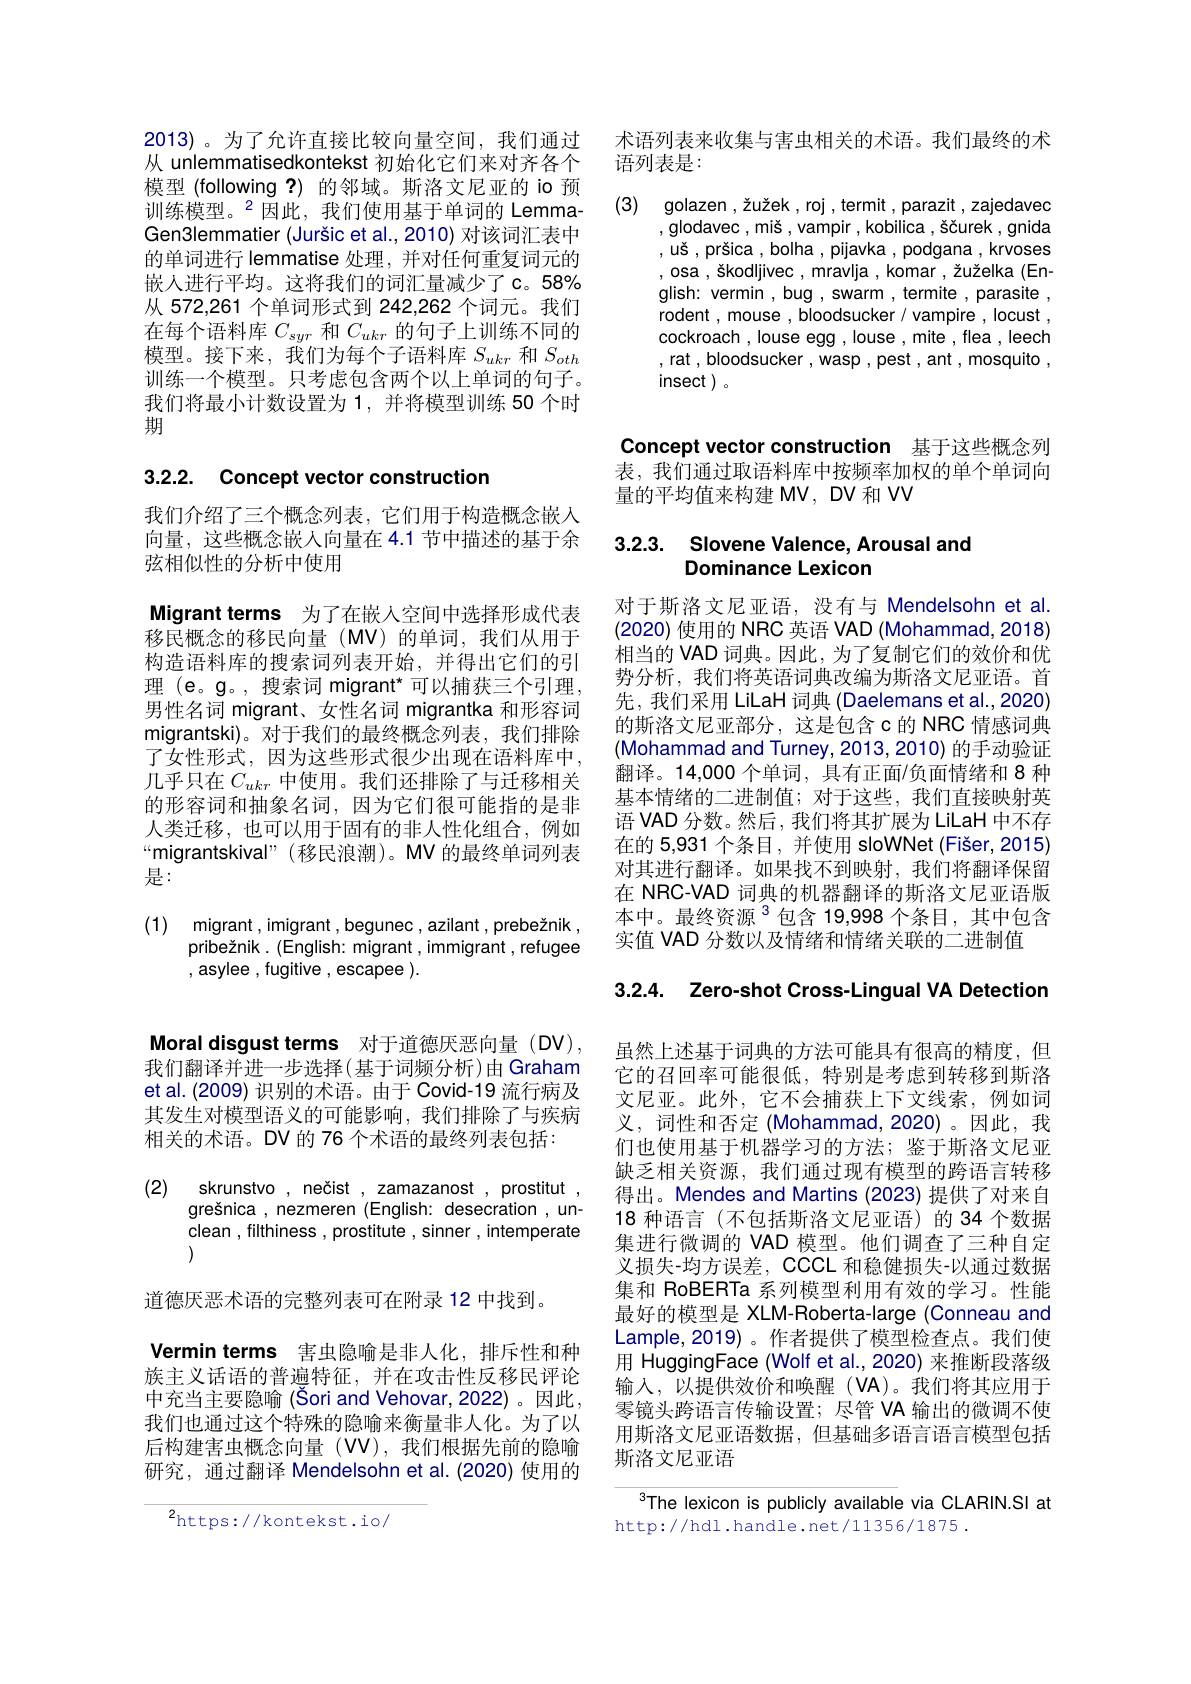
术语列表来收集与害虫相关的术语。我们最终的术
语列表是：

(3) golazen ,žužek , roj , termit , parazit , zajedavec
,glodavec,miš,vampir,kobilica,ščurek,gnida ,uš,pršica,bolha,pijavka,podgana,krvoses , osa , škodljivec , mravlja , komar , žuželka (English: vermin , bug , swarm , termite , parasite , rodent , mouse , bloodsucker / vampire , locust , cockroach , louse egg , louse , mite , flea , leech ,rat,bloodsucker,wasp,pest,ant,mosquito, insect .

2013)。为了允许直接比较向量空间，我们通过从 unlemmatisedkontekst 初始化它们来对齐各个模型 (following ?) 的邻域。斯洛文尼亚的 io 预训练模型。$^{2}$因此，我们使用基于单词的 LemmaGen3lemmatier (Juršic et al., 2010) 对该词汇表中的单词进行 lemmatise 处理，并对任何重复词元的嵌人进行平均。这将我们的词汇量减少了c。58% 从 572,261 个单词形式到 242,262 个词元。我们在每个语料库$C_{syr}$和$C_{ukr}$的句子上训练不同的模型。接下来，我们为每个子语料库$S_{ukr}$和$S_{oth}$ 训练一个模型。只考虑包含两个以上单词的句子。我们将最小计数设置为 1,并将模型训练 50 个时期

# 3.2.2. Concept vector construction

我们介绍了三个概念列表，它们用于构造概念嵌入向量，这些概念嵌人向量在 4.1 节中描述的基于余弦相似性的分析中使用

Migrant terms 为了在嵌人空间中选择形成代表移民概念的移民向量(MV)的单词，我们从用于构造语料库的搜索词列表开始，并得出它们的引理 (e。g。, 搜索词 migrant* 可以捕获三个引理， 男性名词 migrant、女性名词 migrantka 和形容词migrantski)。对于我们的最终概念列表，我们排除了女性形式，因为这些形式很少出现在语料库中， 几乎只在$C_ukr$中使用。我们还排除了与迁移相关的形容词和抽象名词，因为它们很可能指的是非人类迁移，也可以用于固有的非人性化组合，例如“migrantskival”(移民浪潮)。MV 的最终单词列表是：

(1) migrant, imigrant, begunec, azilant , prebežnik
pribežnik. (English: migrant, immigrant , refugee
,asylee,fugitive,escapee).

Moral disgust terms 对于道德厌恶向量 (DV), 我们翻译并进一步选择(基于词频分析)由 Graham et al. (2009) 识别的术语。由于 Covid-19 流行病及其发生对模型语义的可能影响，我们排除了与疾病相关的术语。DV 的 76 个术语的最终列表包括：

(2) skrunstvo, nečist , zamazanost , prostitut
grešnica , nezmeren (English: desecration , unclean , filthiness , prostitute , sinner , intemperate )

道德厌恶术语的完整列表可在附录 12 中找到。
Vermin terms 害虫隐喻是非人化，排斥性和种族主义话语的普遍特征，并在攻击性反移民评论中充当主要隐喻(Šori and Vehovar,2022)。因此， 我们也通过这个特殊的隐喻来衡量非人化。为了以后构建害虫概念向量(W),我们根据先前的隐喻研究，通过翻译 Mendelsohn et al.(2020)使用的

$^{2}$https://kontekst.io/

Concept vector construction 基于这些概念列表，我们通过取语料库中按频率加权的单个单词向量的平均值来构建 MV, DV 和 VV

## 3.2.3. Slovene Valence, Arousal and Dominance Lexicon

对于斯洛文尼亚语，没有与 Mendelsohn et al. (2020)使用的 NRC 英语 VAD (Mohammad, 2018) 相当的 VAD 词典。因此，为了复制它们的效价和优势分析，我们将英语词典改编为斯洛文尼亚语。首先，我们采用 LilaH 词典 (Daelemans et al., 2020) 的斯洛文尼亚部分，这是包含c 的 NRC 情感词典(Mohammad and Turney, 2013, 2010) 的手动验证翻译。14,000 个单词，具有正面/负面情绪和 8 种基本情绪的二进制值；对于这些，我们直接映射英语 VAD 分数。然后，我们将其扩展为 LiLaH 中不存在的 5,931 个条目，并使用 sloWNet (Fišer,2015) 对其进行翻译。如果找不到映射，我们将翻译保留在 NRC-VAD 词典的机器翻译的斯洛文尼亚语版本中。最终资源$^{3}$包含 19,998 个条目，其中包含实值 VAD 分数以及情绪和情绪关联的二进制值

3.2.4. Zero-shot Cross-Lingual VA Detection

虽然上述基于词典的方法可能具有很高的精度，但它的召回率可能很低，特别是考虑到转移到斯洛文尼亚。此外，它不会捕获上下文线索，例如词义，词性和否定(Mohammad,2020)。因此，我们也使用基于机器学习的方法；鉴于斯洛文尼亚缺乏相关资源，我们通过现有模型的跨语言转移得出。Mendes and Martins (2023) 提供了对来自18 种语言(不包括斯洛文尼亚语)的34 个数据集进行微调的 VAD 模型。他们调查了三种自定义损失-均方误差，CCCL 和稳健损失-以通过数据集和 RoBERTa 系列模型利用有效的学习。性能最好的模型是 XLM-Roberta-large (Conneau and Lample,2019)。作者提供了模型检查点。我们使用 HuggingFace (Wolf et al.,2020) 来推断段落级输入，以提供效价和唤醒(VA)。我们将其应用于零镜头跨语言传输设置；尽管 VA 输出的微调不使用斯洛文尼亚语数据，但基础多语言语言模型包括斯洛文尼亚语

The lexicon is publicly available via CLARIN.SI at
http://hdl.handle.net/11356/1875.